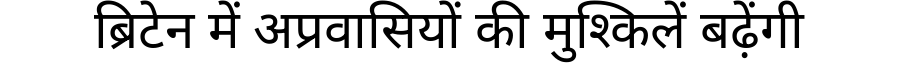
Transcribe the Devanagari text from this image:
ब्रिटेन में अप्रवासियों की मुश्किलें बढ़ेंगी